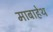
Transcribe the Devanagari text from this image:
माबाहेथ